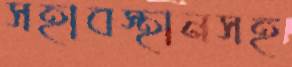
সহাবস্থানসহ